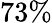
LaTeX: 73\%